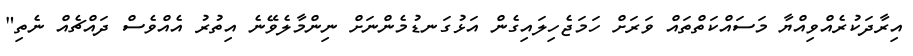
އިރާދަކުރެއްވިއްޔާ މަސައްކަތްތައް ވަރަށް ހަމަޖެހިލައިގެން އަޅުގަނޑުމެންނަށް ނިންމާލެވޭނެ އިތުރު އެއްވެސް ދައްޗެއް ނެތި"